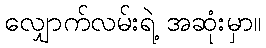
လျှောက်လမ်းရဲ့ အဆုံးမှာ။